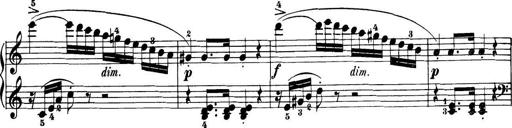
Title: 32 Sonatinas and Rondos for the Piano
Composer: Richard Kleinmichel